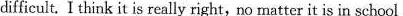
difficult. I think it is really right no matter it is in school